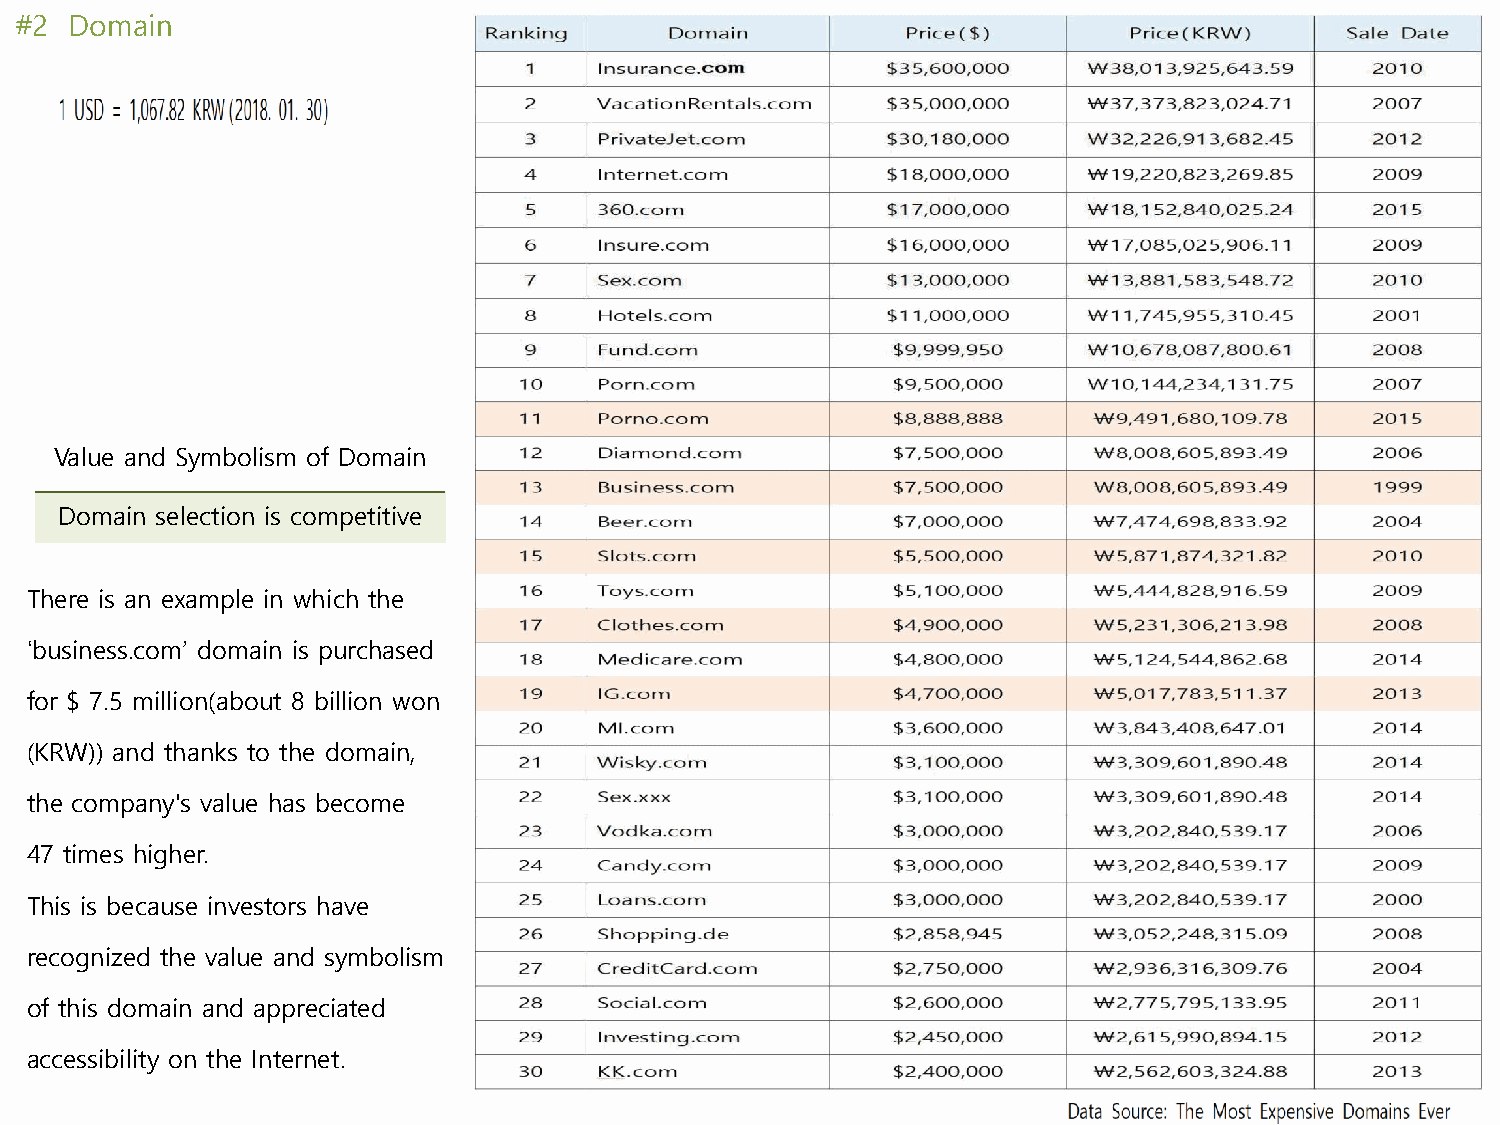
#2  Domain
 Value and Symbolism of Domain
 Domain selection is competitive
 There is an example in which the
 ‘business.com’ domain is purchased
 for $ 7.5 million(about 8 billion won
 (KRW)) and thanks to the domain,
 the company's value has become
 47 times higher.
 This is because investors have
 recognized the value and symbolism
 of this domain and appreciated
 accessibility on the Internet.